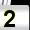
Digit: 2